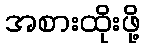
အစားထိုးဖို့